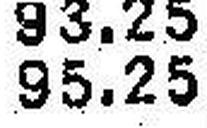
95.25